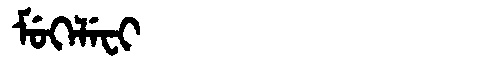
Manchu: ᠮᡠᡴᡝᠯᡝᠸᡳ
Romanization: MUKELEFI